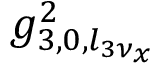
g _ { 3 , 0 , l _ { 3 \nu _ { x } } } ^ { 2 }